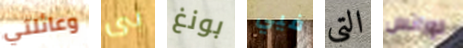
وعائلتي بى بونغ فيي التي لورانس